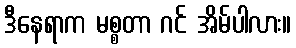
ဒီနေရာက မစ္စတာ ဂင် အိမ်ပါလား။